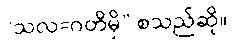
“သလ=ဂတိမှိ” စသည်ဆို။